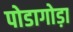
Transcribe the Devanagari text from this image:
पोडागोड़ा